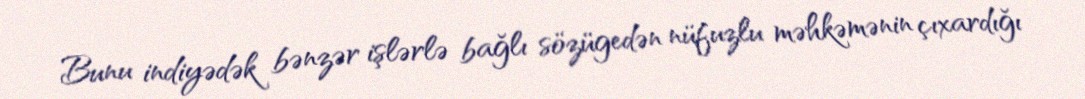
Bunu indiyədək bənzər işlərlə bağlı sözügedən nüfuzlu məhkəmənin çıxardığı